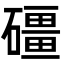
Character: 礓